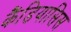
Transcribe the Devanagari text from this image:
कैंडियासिस